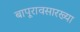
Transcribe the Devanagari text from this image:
बापूरावसारख्या